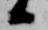
候